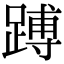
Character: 𬧅